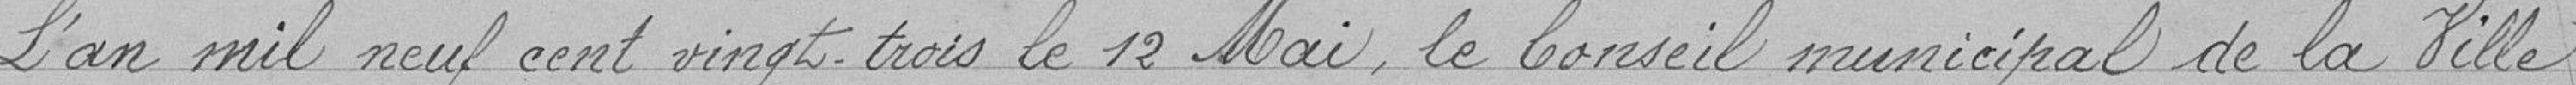
L'an mil neuf cent vingt trois le 12 mai le Conseil municipal de la Ville